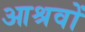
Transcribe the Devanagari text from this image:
आश्रवों